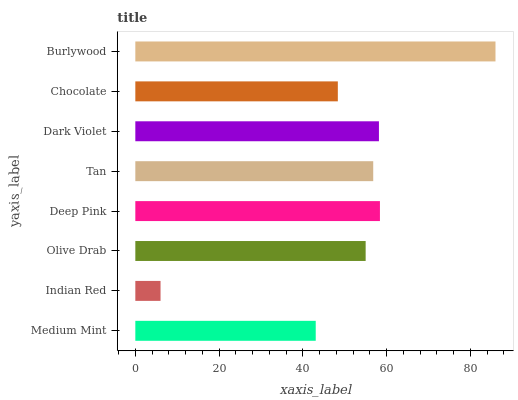
| yaxis_label | bars |
 | --- | --- |
 | Medium Mint | 43.1 |
 | Indian Red | 6.02 |
 | Olive Drab | 55 |
 | Deep Pink | 58.4 |
 | Tan | 56.8 |
 | Dark Violet | 58.2 |
 | Chocolate | 48.3 |
 | Burlywood | 86 |